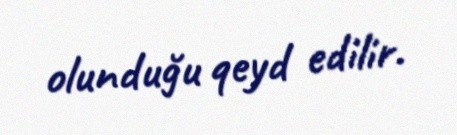
olunduğu qeyd edilir.